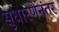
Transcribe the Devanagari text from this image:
सुधारणेनंतर